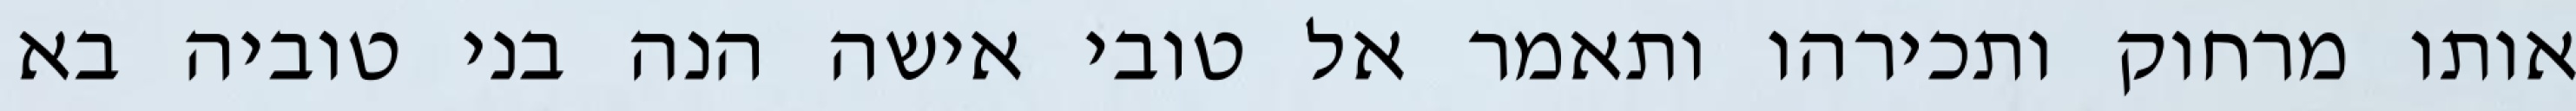
אותו מרחוק ותכירהו ותאמר אל טובי אישה הנה בני טוביה בא